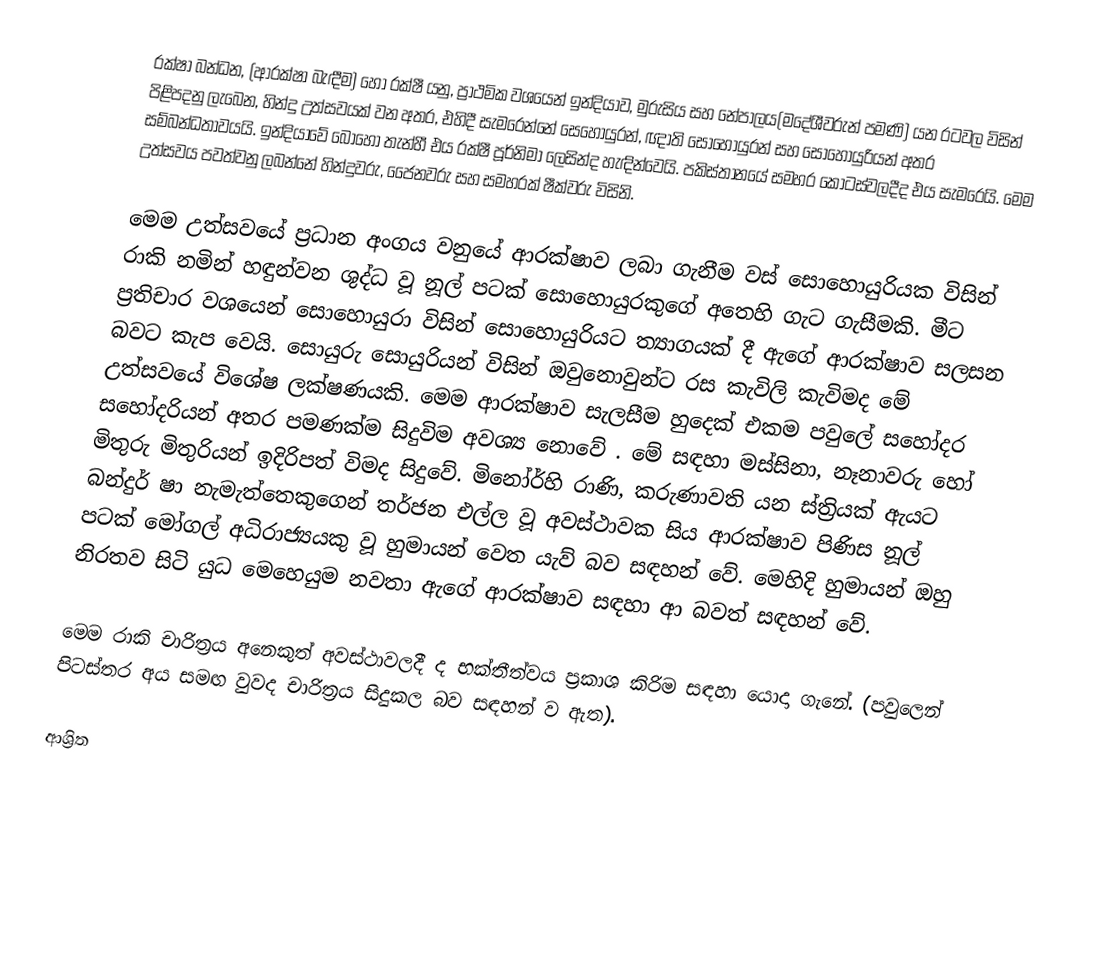
රක්ෂා බන්ධන, (ආරක්ෂා බැඳීම) හෝ  රක්ෂී යනු, ප්‍රාථමික වශයෙන්  ඉන්දියාව, මුරුසිය සහ  නේපාලය(මදේශීවරුන් පමණි) යන රටවල විසින් පිළිපදනු ලැබෙන,  හින්දු උත්සවයක් වන අතර, එහිදී සැමරෙන්නේ සෙහොයුරන්, ඥාති සොහොයුරන් සහ සොහොයුරියන් අතර සම්බන්ධතාවයයි. ඉන්දියාවේ බොහෝ තැන්හී එය  රක්ෂී පූර්නිමා ලෙසින්ද හැඳින්වෙයි.  පකිස්තානයේ සමහර කොටස්වලදීද එය සැමරෙයි. මෙම උත්සවය පවත්වනු ලබන්නේ හින්දුවරු, ජෛනවරු සහ සමහරක් ෂීක්වරු විසිනි.

මෙම උත්සවයේ ප්‍රධාන අංගය වනු‍යේ ආරක්ෂාව ලබා ගැනීම වස් සොහොයුරියක විසින් රාකි නමින් හඳුන්වන ශුද්ධ වූ නූල් පටක් සොහොයුරකුගේ අතෙහි ගැට ගැසීමකි. මීට ප්‍රතිචාර වශයෙන් සොහොයුරා විසින් සොහොයුරියට ත්‍යාගයක්  දී ඇගේ ආරක්ෂාව සලසන බවට කැප වෙයි. සොයුරු සොයුරියන් විසින් ඔවුනොවුන්ට රස කැවිලි කැවිමද මේ උත්සවයේ විශේෂ ලක්ෂණයකි. මෙම ආරක්ෂාව සැලසීම හුදෙක් එකම පවුලේ සහෝදර සහෝදරියන් අතර පමණක්ම සිදුවිම අවශ්‍ය නොවේ . මේ සඳහා මස්සිනා, නෑනාවරු හෝ මිතුරු මිතුරියන් ඉදිරිපත් විමද  සිදුවේ. මිනෝර්හි රාණි, කරුණාවති යන ස්ත්‍රියක් ඇයට බන්දුර් ෂා නැමැත්තෙකුගෙන් තර්ජන එල්ල වූ අවස්ථාවක සිය ආරක්ෂාව පිණිස නූල් පටක් ‍මෝගල් අධිරාජ්‍යයකු වූ හුමායන් වෙත යැව් බව සඳහන් වේ. මෙහිදි හුමායන් ඔහු නිරතව සිටි යුධ මෙහෙයුම  නවතා ඇගේ ආරක්ෂාව සඳහා ආ බවත් සඳහන් වේ.

මෙම රාකි චාරිත්‍රය අනෙකුත් අවස්ථාවලදී ද භක්තීත්වය ප්‍රකාශ කිරිම සඳහා යොදා ගැනේ. (පවුලෙන් පිටස්තර අය සමඟ වුවද චාරිත්‍රය සිදුකල බව සඳහන් ව ඇත). ‍

ආශ්‍රිත